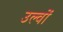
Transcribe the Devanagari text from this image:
उल्वों